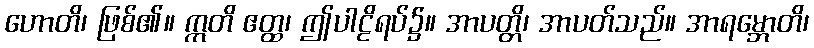
ဟောတိ၊ ဖြစ်၏။ ဣတိ ဧတ္ထ၊ ဤပါဠိရပ်၌။ အာပတ္တိ၊ အာပတ်သည်။ အာရမ္ဘောတိ၊